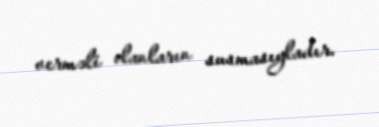
verməli olanların susmasıyladır.